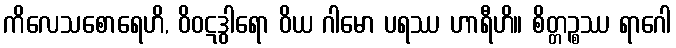
ကိလေသစောရေဟိ, ဝိဝဋဒွါရော ဝိယ ဂါမော ပရဿ ဟာရီဟိ။ စိတ္တဉ္စဿ ရာဂေါ